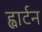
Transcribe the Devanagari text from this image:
ह्वार्टन